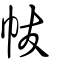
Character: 帗